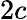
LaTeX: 2c